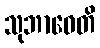
သုဘာဝေတိ